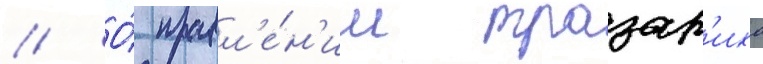
// О́ правл'е́н'ии тразар'иха